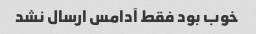
خوب بود فقط آدامس ارسال نشد